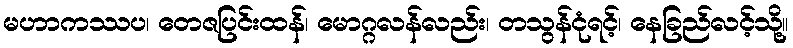
မဟာကဿပ၊ တေဇပြင်းထန်၊ မောဂ္ဂလန်လည်း၊ တသွန်ငုံရင့်၊ နေခြည်လင့်သို့။